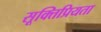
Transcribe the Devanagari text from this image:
सूक्तिप्रियता